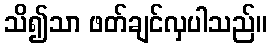
သိ၍သာ ဖတ်ချင်လှပါသည်။